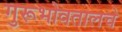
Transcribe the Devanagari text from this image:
गुरूभोवतालचे